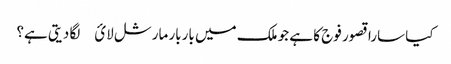
کیا سارا قصور فوج کا ہے جو ملک میں باربار مارشل لائ￿ لگا دیتی ہے؟